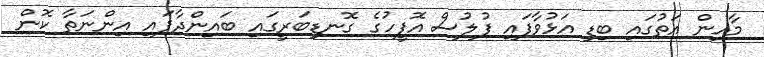
މާހިން އަތުގައި ބިޑި އަޅުވާފައި ފުލުސް އޮފީހުގެ ގޮނޑިބަރީގައި ބައިންދާފައި އިންނަތާ ކޮން